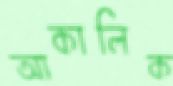
আকালিক